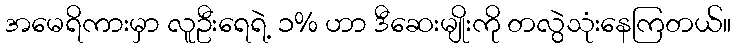
အမေရိကားမှာ လူဦးရေရဲ့ ၁% ဟာ ဒီဆေးမျိုးကို တလွဲသုံးနေကြတယ်။